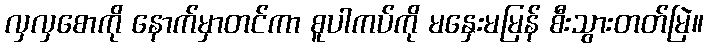
လှလှစောကို နောက်မှာတင်ကာ စူပါကပ်ကို မနှေးမမြန် စီးသွားတတ်မြဲ။